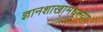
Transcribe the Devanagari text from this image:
ज्ञानशाखांमधल्या